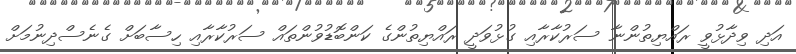
އަދި ވިދާޅުވީ ރައްޔިތުންނާ ސަރުކާރާއި ގުޅުވަދީ ރައްޔިތުންގެ ކަންބޮޑުވުންތައް ސަރުކާރާއި ހިސާބަށް ގެނެސްދިނުމަށް